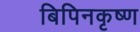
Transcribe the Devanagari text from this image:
बिपिनकृष्ण